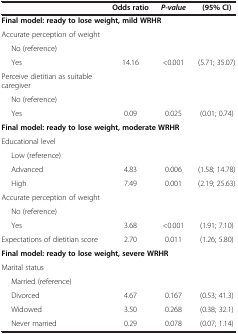
<table><thead><tr><td><b> </b></td><td><b>Odds ratio</b></td><td><b><i>P-value</i></b></td><td><b>(95% CI)</b></td></tr></thead><tbody><tr><td colspan="4"><b>Final model: ready to lose weight, mild WRHR</b></td></tr><tr><td>Accurate perception of weight</td><td> </td><td> </td><td> </td></tr><tr><td>No (reference)</td><td> </td><td> </td><td> </td></tr><tr><td>Yes</td><td>14.16</td><td>&lt;0.001</td><td>(5.71; 35.07)</td></tr><tr><td>Perceive dietitian as suitable caregiver</td><td> </td><td> </td><td> </td></tr><tr><td>No (reference)</td><td> </td><td> </td><td> </td></tr><tr><td>Yes</td><td>0.09</td><td>0.025</td><td>(0.01; 0.74)</td></tr><tr><td colspan="4"><b>Final model: ready to lose weight, moderate WRHR</b></td></tr><tr><td>Educational level</td><td> </td><td> </td><td> </td></tr><tr><td>Low (reference)</td><td> </td><td> </td><td> </td></tr><tr><td>Advanced</td><td>4.83</td><td>0.006</td><td>(1.58; 14.78)</td></tr><tr><td>High</td><td>7.49</td><td>0.001</td><td>(2.19; 25.63)</td></tr><tr><td>Accurate perception of weight</td><td> </td><td> </td><td> </td></tr><tr><td>No (reference)</td><td> </td><td> </td><td> </td></tr><tr><td>Yes</td><td>3.68</td><td>&lt;0.001</td><td>(1.91; 7.10)</td></tr><tr><td>Expectations of dietitian score</td><td>2.70</td><td>0.011</td><td>(1.26; 5.80)</td></tr><tr><td colspan="4"><b>Final model: ready to lose weight, severe WRHR</b></td></tr><tr><td>Marital status</td><td> </td><td> </td><td> </td></tr><tr><td>Married (reference)</td><td> </td><td> </td><td> </td></tr><tr><td>Divorced</td><td>4.67</td><td>0.167</td><td>(0.53; 41.3)</td></tr><tr><td>Widowed</td><td>3.50</td><td>0.268</td><td>(0.38; 32.1)</td></tr><tr><td>Never married</td><td>0.29</td><td>0.078</td><td>(0.07; 1.14)</td></tr></tbody></table>